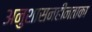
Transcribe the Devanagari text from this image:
अनुशासनहीनताका